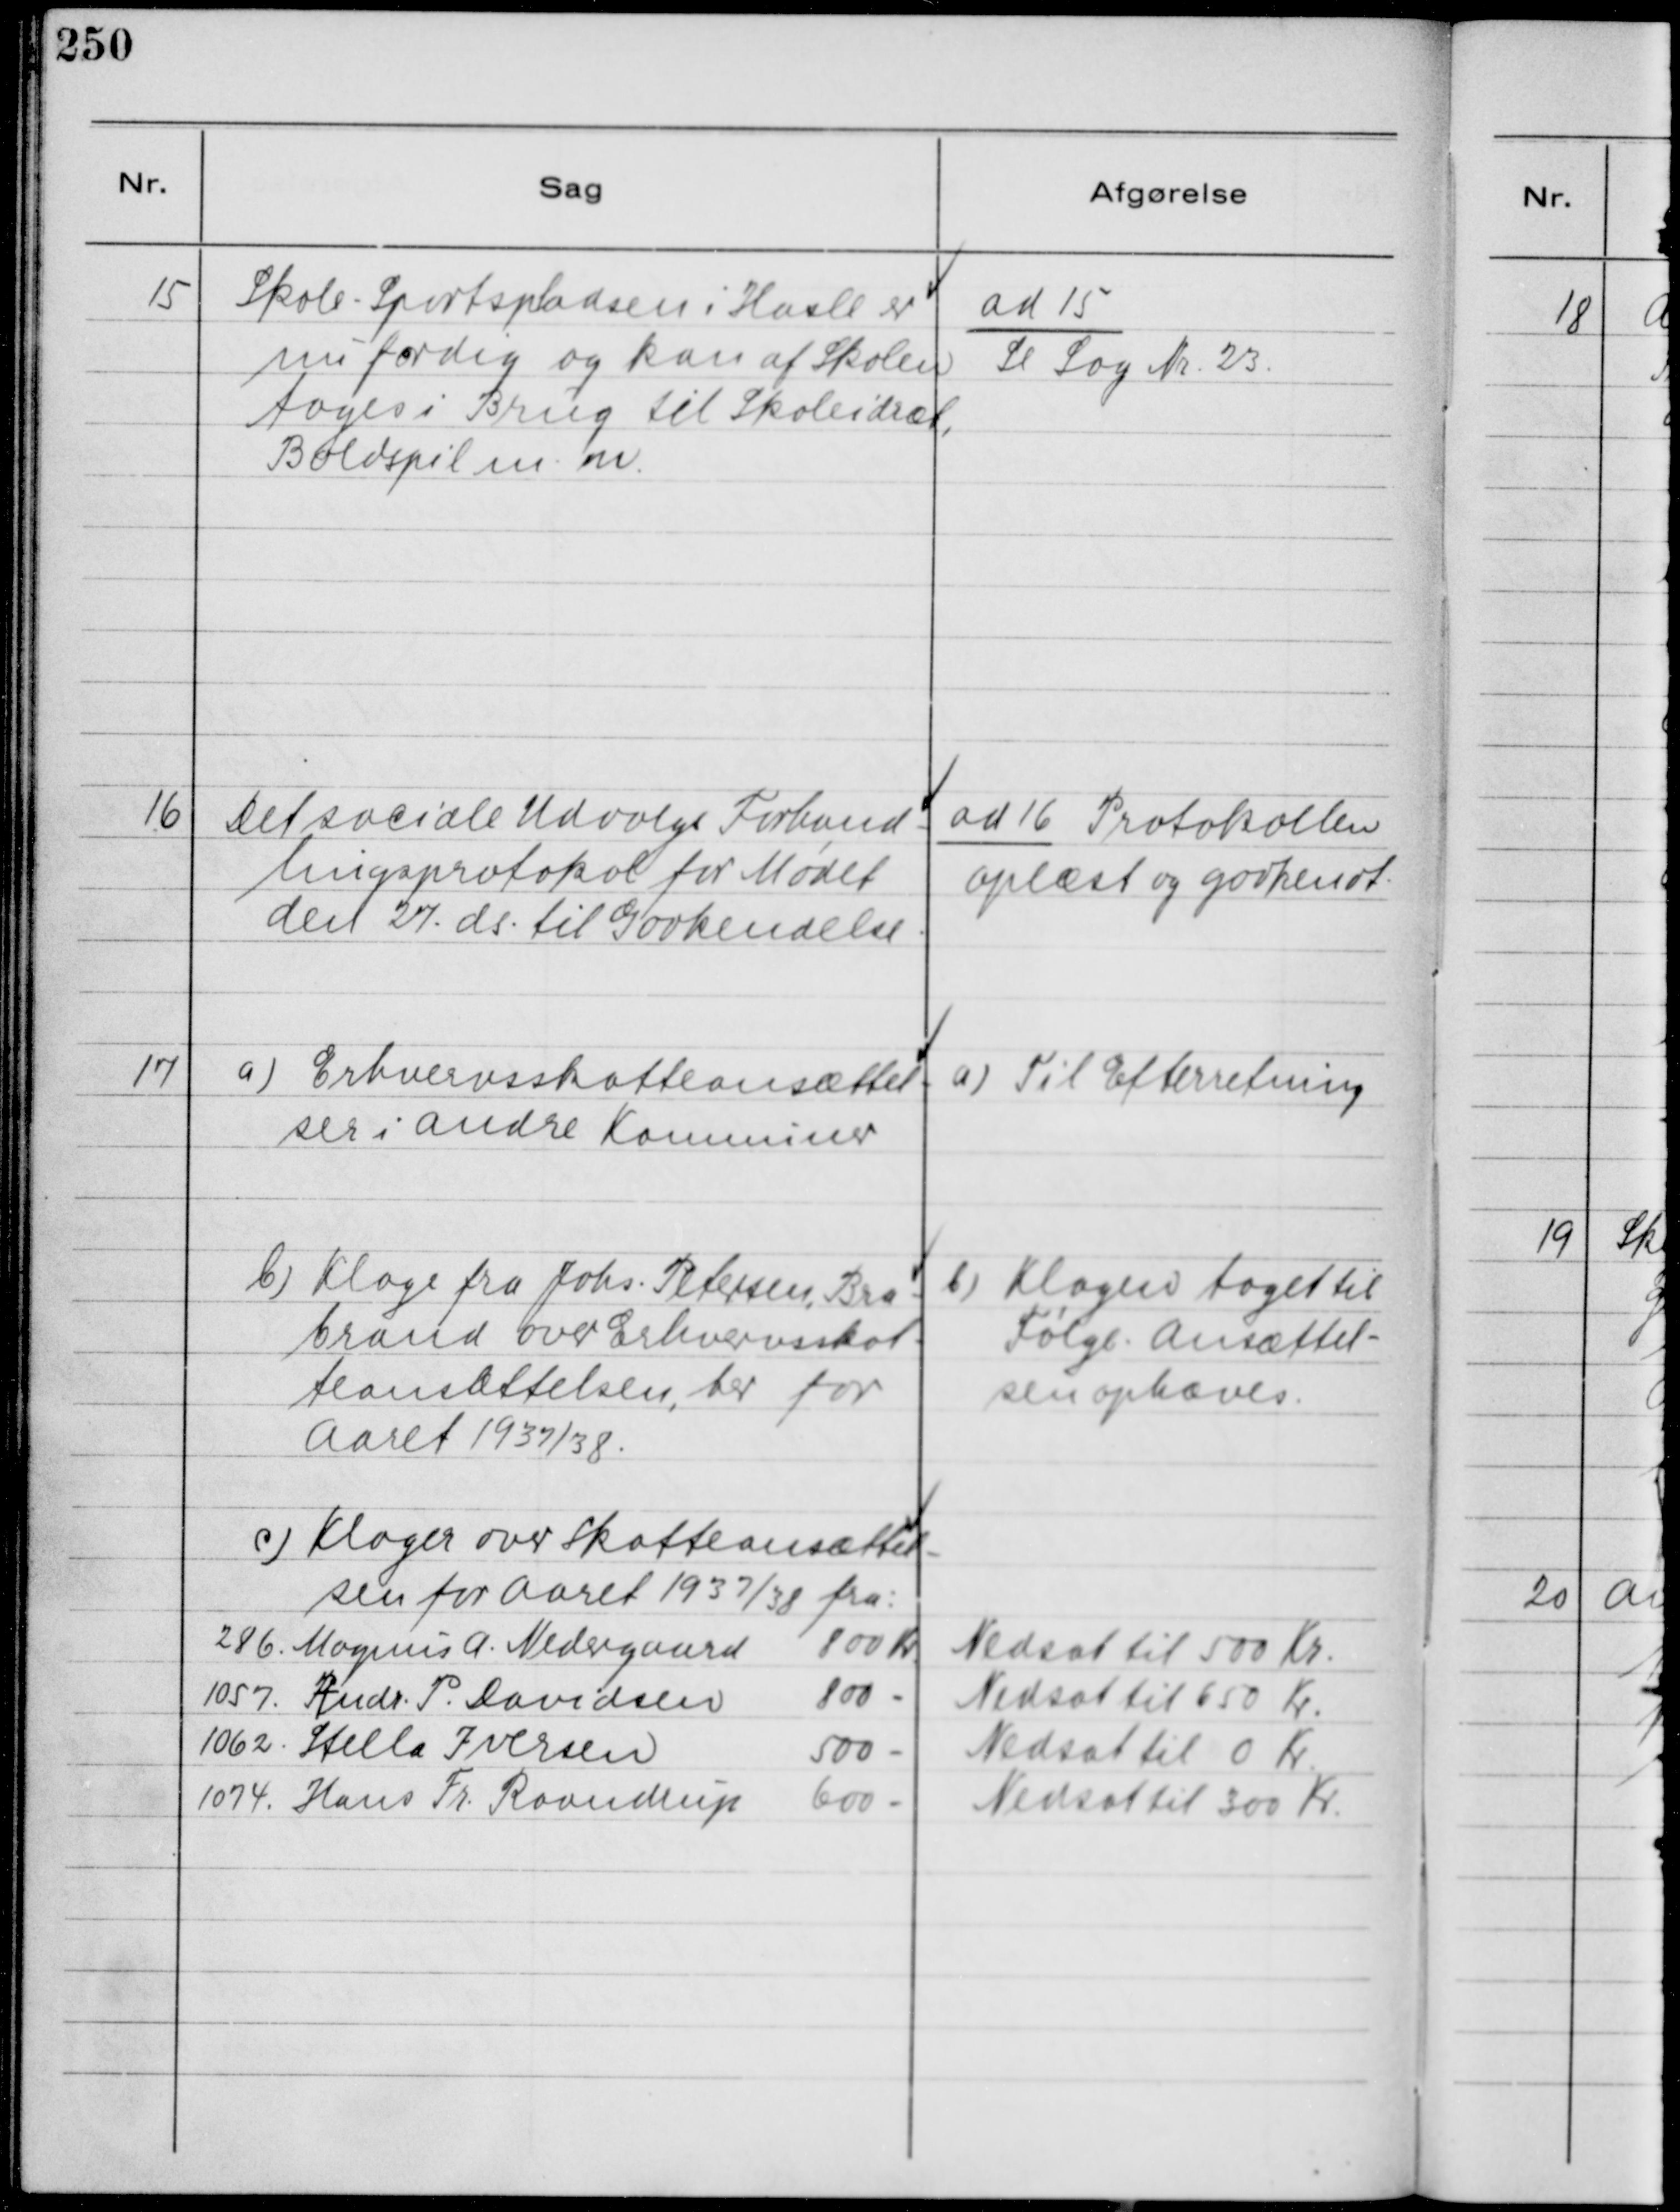
Transskription:
15
Skole - Sportspladsen i Hasle er
nu færdig og kan af Skolen
tages i Brug til Skoleidræt,
Boldspil m. m.

ad 15
Se Sag Nr. 23.

16
Det sociale Udvalgs Forhand-
lingsprotokol for Mødet
den 27. ds. til Godkendelse.

ad 16 Protokollen
oplæst og godkendt.

17
a) Erhvervsskatteansættel-
ser i andre Kommuner.
a) Til Efterretning
b) Klage fra Johs. Petersen, Bra-
brand over Erhvervsskat-
teansættelsen, her for
Aaret 1937/38.
b) Klagen taget til
Følge. Ansættel-
sen ophæves.
c) Klager over Skatteansættel-
sen for Aaret 1937/38 fra:
286. Magnus A. Nedergaard 800 Kr.
Nedsat til 500 Kr.
1057. Andr. P. Davidsen 800 -
Nedsat til 650 Kr.
1062. Stella Iversen 500 -
Nedsat til 0 Kr.
1074. Hans Fr. Raandrup 600 -
Nedsat til 300 Kr.